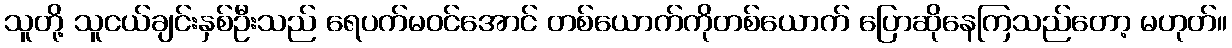
သူတို့ သူငယ်ချင်းနှစ်ဦးသည် ရေပက်မဝင်အောင် တစ်ယောက်ကိုတစ်ယောက် ပြောဆိုနေကြသည်တော့ မဟုတ်။